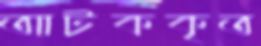
আটককৃত